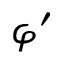
\varphi ^ { \prime }